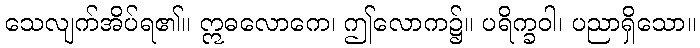
သေလျက်အိပ်ရ၏။ ဣဓလောကေ၊ ဤလောက၌။ ပရိက္ခဝါ၊ ပညာရှိသော။